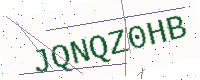
Text: JQNQZ0HB